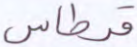
قرطاس